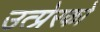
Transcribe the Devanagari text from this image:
उत्प्रेरको